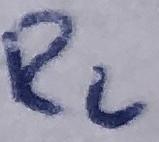
Text: R2